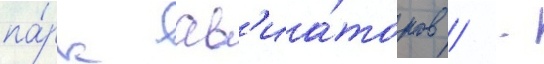
па́рк ав'иа́торов / -